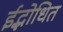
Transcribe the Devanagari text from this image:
ईद्भोधित